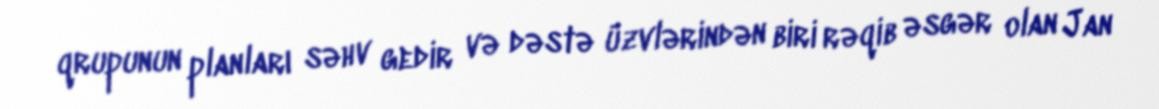
qrupunun planları səhv gedir və dəstə üzvlərindən biri rəqib əsgər olan Jan